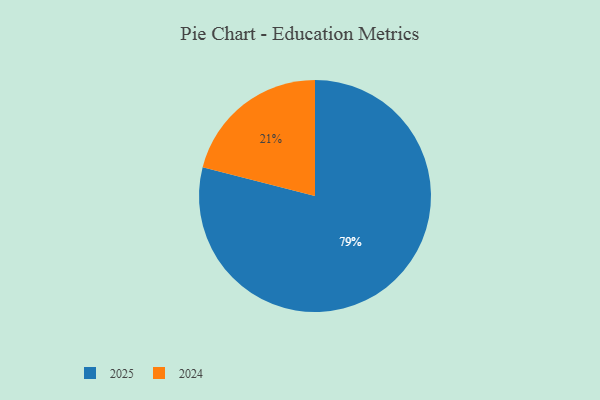
{"axis": {"x": "Category", "y": "Percentage"}, "legend": ["2024", "2025"], "data": [{"x": "2024", "y": 21, "type": "2024"}, {"x": "2025", "y": 79, "type": "2025"}]}